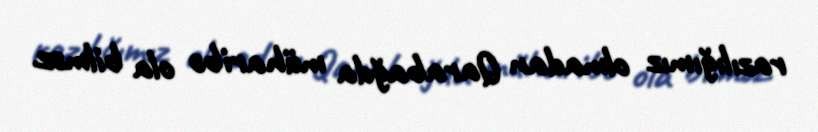
razılığımız olmadan Qarabağda müharibə ola bilməz.